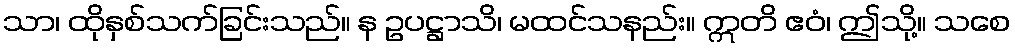
သာ၊ ထိုနှစ်သက်ခြင်းသည်။ န ဥပဋ္ဌာသိ၊ မထင်သနည်း။ ဣတိ ဧဝံ၊ ဤသို့။ သစေ